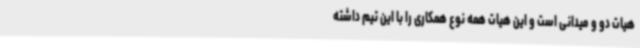
هیات دو و میدانی است و این هیات همه نوع همکاری را با این تیم داشته